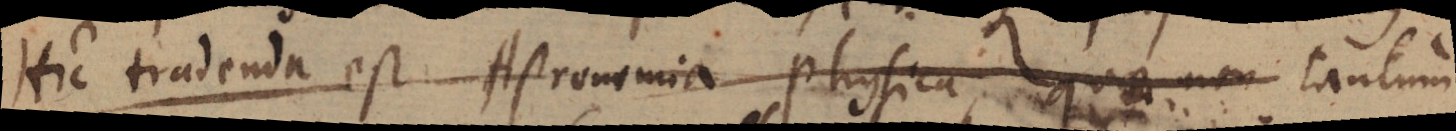
Hic tradenda est Astronomia physica, quae non tantum